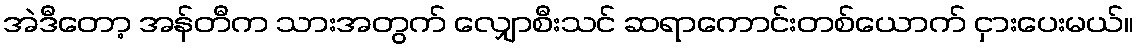
အဲဒီတော့ အန်တီက သားအတွက် လျှောစီးသင် ဆရာကောင်းတစ်ယောက် ငှားပေးမယ်။